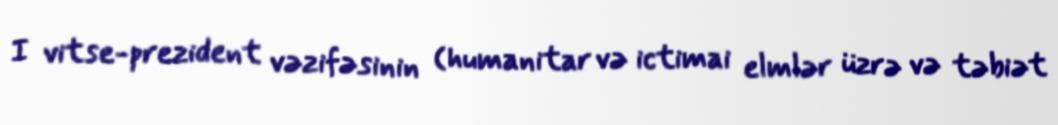
I vitse-prezident vəzifəsinin (humanitar və ictimai elmlər üzrə və təbiət